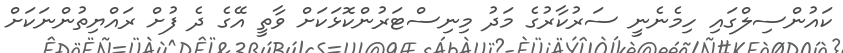
ކައުންސިލްގައި ހިމެނެނީ ސަރުކާރުގެ މަދު މިނިސްޓަރުންކޮޅަކަށް ވާތީ އޭގެ ދެ ފުށް ރައްޔިތުންނަކަށް